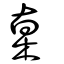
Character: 桌